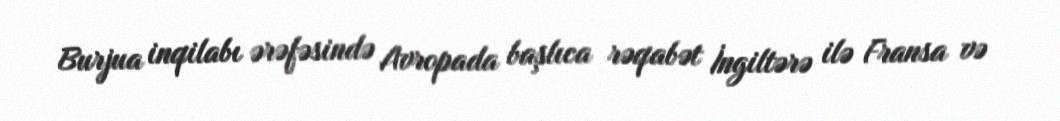
Burjua inqilabı ərəfəsində Avropada başlıca rəqabət İngiltərə ilə Fransa və